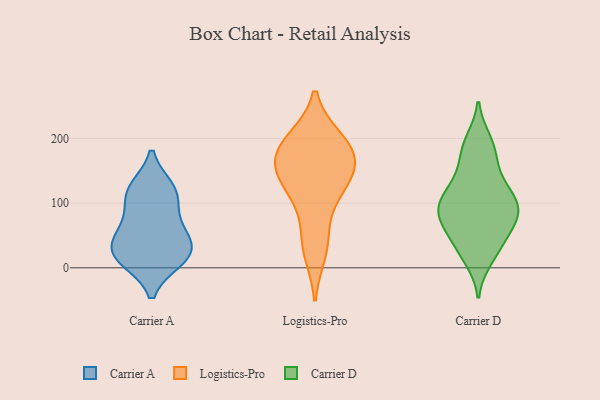
{"axis": {"x": "LTV (USD)", "y": "Value"}, "legend": ["Carrier A", "Carrier D", "Logistics-Pro"], "data": [{"x": "", "y": 28, "type": "Carrier A"}, {"x": "", "y": 113, "type": "Carrier A"}, {"x": "", "y": 57, "type": "Carrier A"}, {"x": "", "y": 12, "type": "Carrier A"}, {"x": "", "y": 41, "type": "Carrier A"}, {"x": "", "y": 13, "type": "Carrier A"}, {"x": "", "y": 73, "type": "Carrier A"}, {"x": "", "y": 122, "type": "Carrier A"}, {"x": "", "y": 22, "type": "Carrier A"}, {"x": "", "y": 117, "type": "Carrier A"}, {"x": "", "y": 161, "type": "Logistics-Pro"}, {"x": "", "y": 153, "type": "Logistics-Pro"}, {"x": "", "y": 199, "type": "Logistics-Pro"}, {"x": "", "y": 194, "type": "Logistics-Pro"}, {"x": "", "y": 194, "type": "Logistics-Pro"}, {"x": "", "y": 48, "type": "Logistics-Pro"}, {"x": "", "y": 160, "type": "Logistics-Pro"}, {"x": "", "y": 150, "type": "Logistics-Pro"}, {"x": "", "y": 108, "type": "Logistics-Pro"}, {"x": "", "y": 117, "type": "Logistics-Pro"}, {"x": "", "y": 23, "type": "Logistics-Pro"}, {"x": "", "y": 44, "type": "Carrier D"}, {"x": "", "y": 84, "type": "Carrier D"}, {"x": "", "y": 119, "type": "Carrier D"}, {"x": "", "y": 89, "type": "Carrier D"}, {"x": "", "y": 197, "type": "Carrier D"}, {"x": "", "y": 120, "type": "Carrier D"}, {"x": "", "y": 13, "type": "Carrier D"}, {"x": "", "y": 73, "type": "Carrier D"}, {"x": "", "y": 79, "type": "Carrier D"}, {"x": "", "y": 153, "type": "Carrier D"}, {"x": "", "y": 180, "type": "Carrier D"}, {"x": "", "y": 102, "type": "Carrier D"}, {"x": "", "y": 37, "type": "Carrier D"}]}